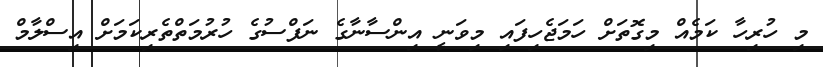
މި ހުރިހާ ކަމެއް މިގޮތަށް ހަމަޖެހިފައި މިވަނީ އިންސާނާގެ ނަފްސުގެ ހުރުމަތްތެރިކަމަށް އިސްލާމް